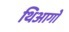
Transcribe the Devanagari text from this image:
थिआगो